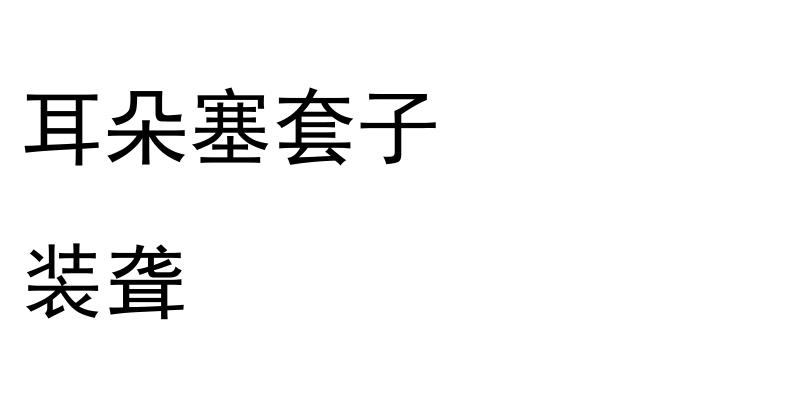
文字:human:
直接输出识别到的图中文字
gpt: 耳朵塞套子 装聋